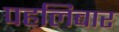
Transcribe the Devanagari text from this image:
पहलिबार